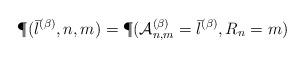
LaTeX: \begin{align*}\P(\bar{l}^{(\beta)}, n, m)=\P(\mathcal{A}^{(\beta)}_{n, m}=\bar{l}^{(\beta)}, R_n=m)\end{align*}